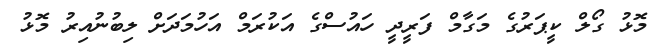
މޮޅު ގޯލް ކީޕަރުގެ މަގާމް ފަރީދީ ހައުސްގެ އަކުރަމް އަހުމަދަށް ލިބުނުއިރު މޮޅު